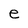
Character: e